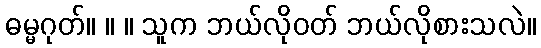
ဓမ္မဂုတ်။ ။ ။ သူက ဘယ်လိုဝတ် ဘယ်လိုစားသလဲ။